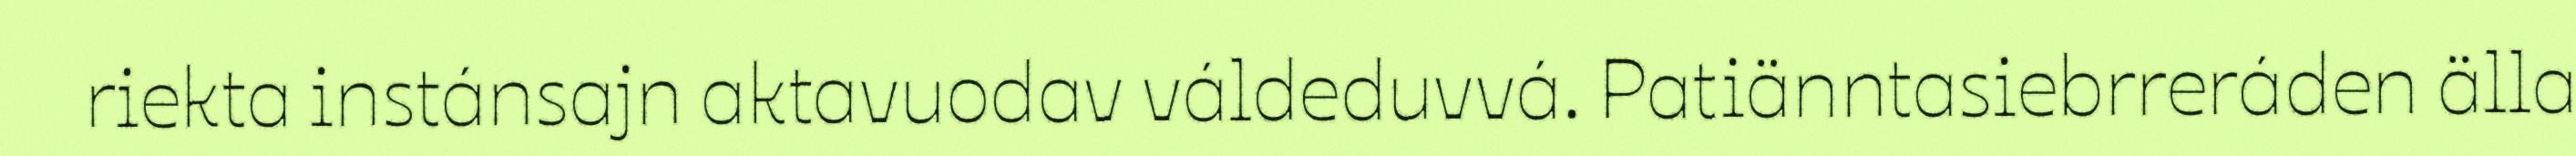
riekta instánsajn aktavuodav váldeduvvá. Patiänntasiebrreráden älla